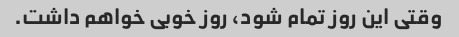
وقتی این روز تمام شود، روز خوبی خواهم داشت.